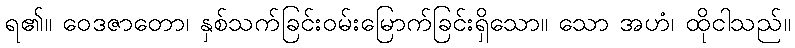
ရ၏။ ဝေဒဇာတော၊ နှစ်သက်ခြင်းဝမ်းမြောက်ခြင်းရှိသော။ သော အဟံ၊ ထိုငါသည်။